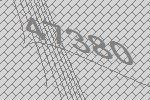
47380